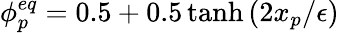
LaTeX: \phi_{p}^{eq}=0.5+0.5\operatorname{tanh}\left(2x_{p}/\epsilon\right)